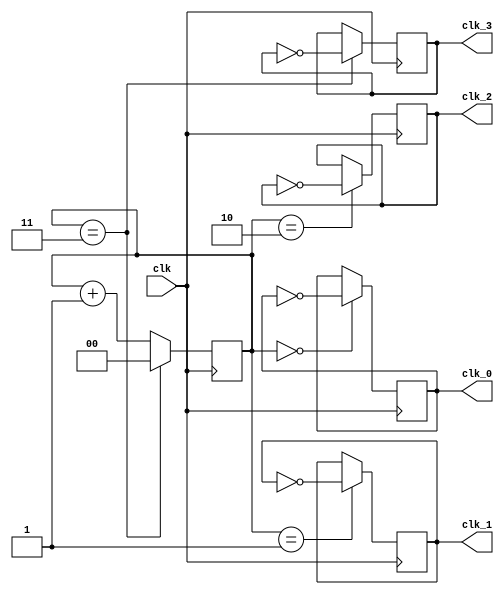
module multi_phase_clock_divider (
    input clk,
    output reg clk_0,
    output reg clk_1,
    output reg clk_2,
    output reg clk_3
);

reg [1:0] counter;

always @(posedge clk) begin
    counter <= counter + 1;
    
    // Divide input clock signal by 2 to generate clk_0
    if (counter == 0) begin
        clk_0 <= ~clk_0;
    end
    
    // Divide input clock signal by 4 to generate clk_1
    if (counter == 1) begin
        clk_1 <= ~clk_1;
    end
    
    // Divide input clock signal by 8 to generate clk_2
    if (counter == 2) begin
        clk_2 <= ~clk_2;
    end
    
    // Divide input clock signal by 16 to generate clk_3
    if (counter == 3) begin
        clk_3 <= ~clk_3;
        counter <= 0;
    end
end

endmodule